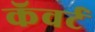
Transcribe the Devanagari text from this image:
कॅवर्ट